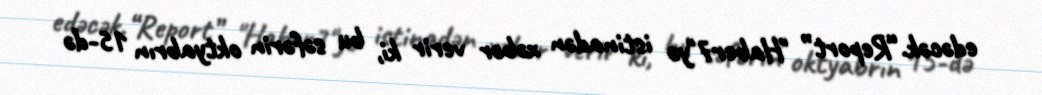
edəcək.“Report” "Haber7"yə istinadən xəbər verir ki, bu səfərin oktyabrın 15-də